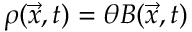
\rho ( { \vec { x } } , t ) = \theta { \cal B } ( { \vec { x } } , t )